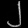
Digit: ၂